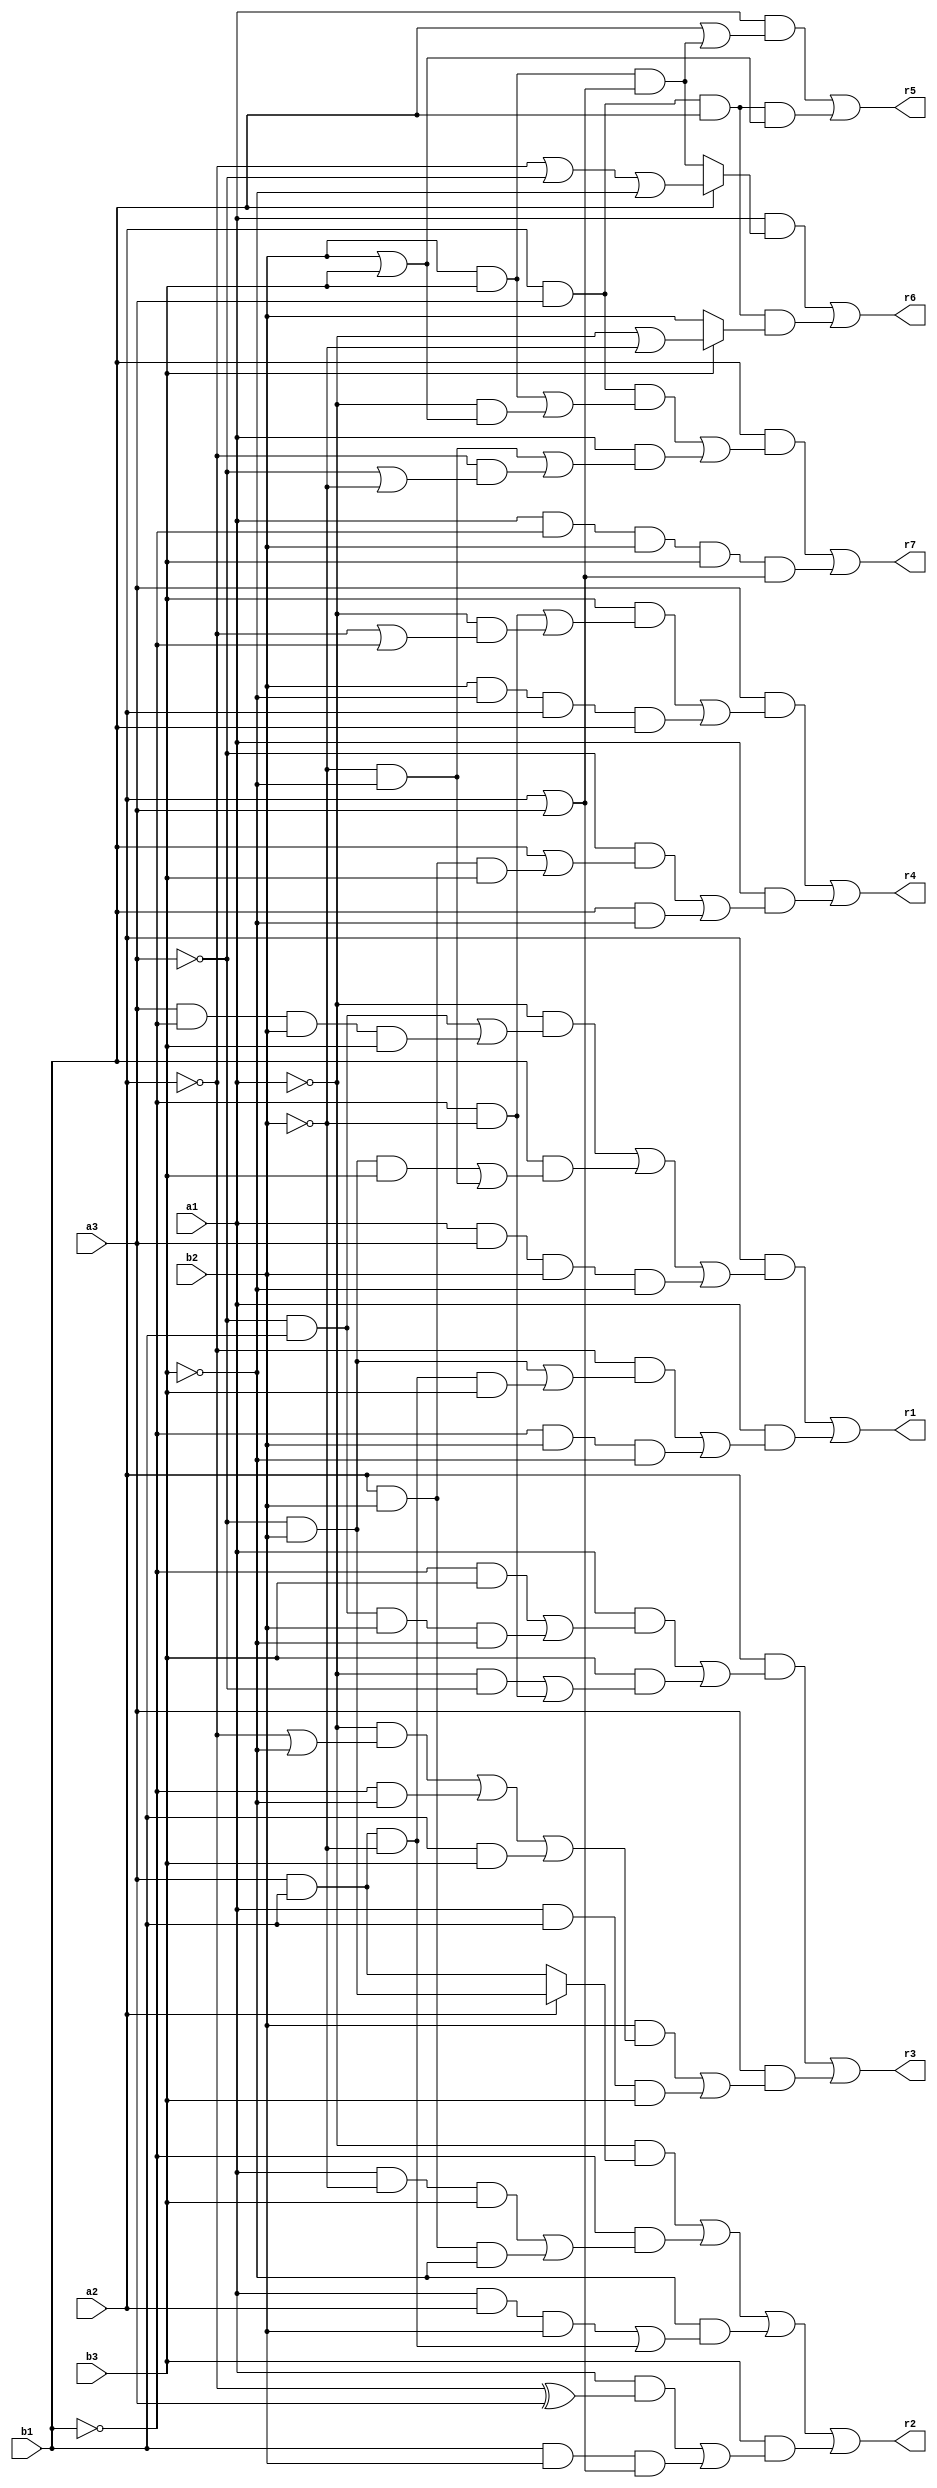
// Benchmark "mult_3x3_8_out" written by ABC on Mon May 30 03:58:21 2022

module mult_3x3_8 (
    a1, a2, a3, b1, b2, b3,
   r1,r2,r3,r4,r5,r6,r7  );
  input  a1, a2, a3, b1, b2, b3;
  output r1,r2,r3,r4,r5,r6,r7;
  assign r1 = (a2 & ((~a1 & ((~a3 & b1) | (a3 & ~b1 & b2 & b3))) | (b1 & ((~a3 & b2 & b3) | (~b2 & ~b3))) | (a1 & a3 & b2 & ~b3))) | (a1 & ((~a2 & ((~a3 & b2) | (a3 & b1 & ~b2 & b3))) | (~b1 & b2 & ~b3)));
  assign r2 = (~a1 & (a2 ? (~a3 & b2) : (a3 & b1))) | (~b1 & ((a1 & ~b2 & b3) | (a2 & b2 & ~b3))) | (~b3 & ((a1 & a2 & b2) | (a3 & b1 & ~b2))) | (b3 & ((a1 & (~a2 ^ a3)) | (b1 & b2 & (a2 | a3))));
  assign r3 = (a2 & ((a1 & ((~b1 & b3) | (~a3 & b1 & b2 & ~b3))) | (b3 & ((~a1 & ~a3) | (~b1 & ~b2))))) | (a3 & ((b2 & ((~a1 & (~a2 | ~b3)) | (~b1 & ~b3) | (b1 & b3))) | (a1 & b1 & b3)));
  assign r4 = (a3 & ((b3 & ((~b1 & ~b2) | (~a1 & (~a2 | ~b1)))) | (b2 & ~b3 & a2 & b1))) | (a1 & ((~a3 & (b1 | (a2 & b2 & b3))) | (b1 & ~b3)));
  assign r5 = (a1 & (b1 | (b2 & b3 & (a2 | a3)))) | (a2 & a3 & b1 & (b2 | b3));
  assign r6 = (a1 & (b1 ? (~a2 | ~a3 | ~b3) : (b2 & b3 & (a2 | a3)))) | (a2 & a3 & b1 & (b3 ? (~a1 | ~b2) : b2));
  assign r7 = (b1 & ((a2 & a3 & ((b2 & b3) | (~a1 & (b2 | b3)))) | (a1 & ((~b2 & ~b3) | (~a2 & (~a3 | ~b2)))))) | (a1 & ~b1 & b2 & b3 & (a2 | a3));
endmodule